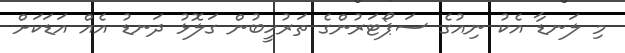
މި ލަނޑާ އެކު ނިއުގެ ސަޕޯޓަރުންގެ ތަރުހީބުން ގަލޮޅު ދަނޑު އެއް އަޑަކަށް